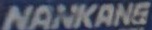
NANKANG